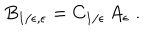
B _ { 1 / \epsilon , \epsilon } = C _ { 1 / \epsilon } \, A _ { \epsilon } \; .